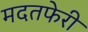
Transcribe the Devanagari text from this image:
मदतफेरी